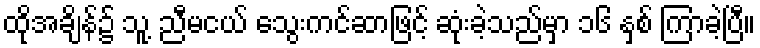
ထိုအချိန်၌ သူ့ ညီမငယ် သွေးကင်ဆာဖြင့် ဆုံးခဲ့သည်မှာ ၁၆ နှစ် ကြာခဲ့ပြီ။